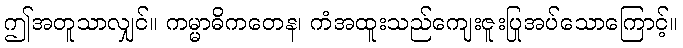
ဤအတူသာလျှင်။ ကမ္မာဓိကတေန၊ ကံအထူးသည်ကျေးဇူးပြုအပ်သောကြောင့်။